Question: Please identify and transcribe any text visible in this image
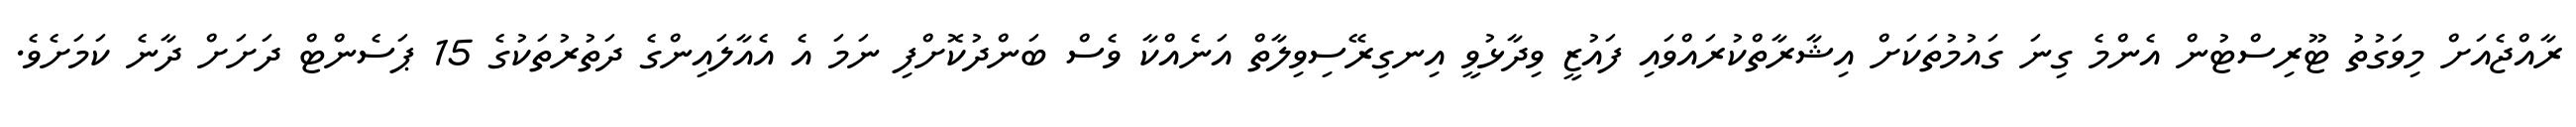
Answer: ރާއްޖެއަށް މިވަގުތު ޓޫރިސްޓުން އެންމެ ގިނަ ގައުމުތަކަށް އިޝާރާތްކުރައްވައި ފައުޒީ ވިދާޅުވީ އިނގިރޭސިވިލާތް އަނެއްކާ ވެސް ބަންދުކޮށްފި ނަމަ އެ އެއާލައިންގެ ދަތުރުތަކުގެ 15 ޕަސެންޓް ދަށަށް ދާނެ ކަމަށެވެ.